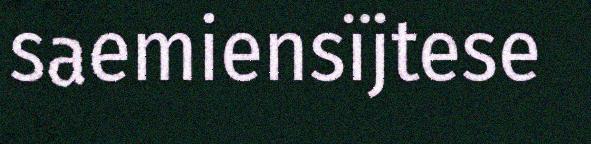
saemiensïjtese